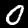
Digit: 0